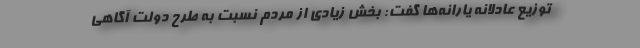
توزیع عادلانه یارانه‌ها گفت: بخش زیادی از مردم نسبت به طرح دولت آگاهی